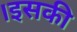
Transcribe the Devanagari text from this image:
।इसकी